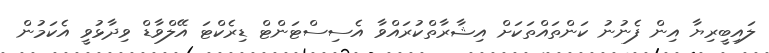
ލައިބީރިޔާ އިން ފެނުނު ކަންތައްތަކަށް އިޝާރާތްކުރައްވާ އެސިސްޓަންޓް ޑިރެކްޓަ އޭލްވާޑް ވިދާޅުވީ އެކަމުން